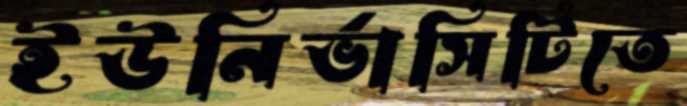
ইউনির্ভাসিটিতে